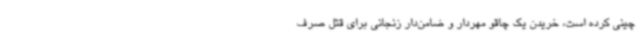
چینی کرده است، خریدن یک چاقو مهردار و ضامن‌دار زنجانی برای قتل صرف